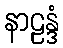
နာဠန္ဒံ